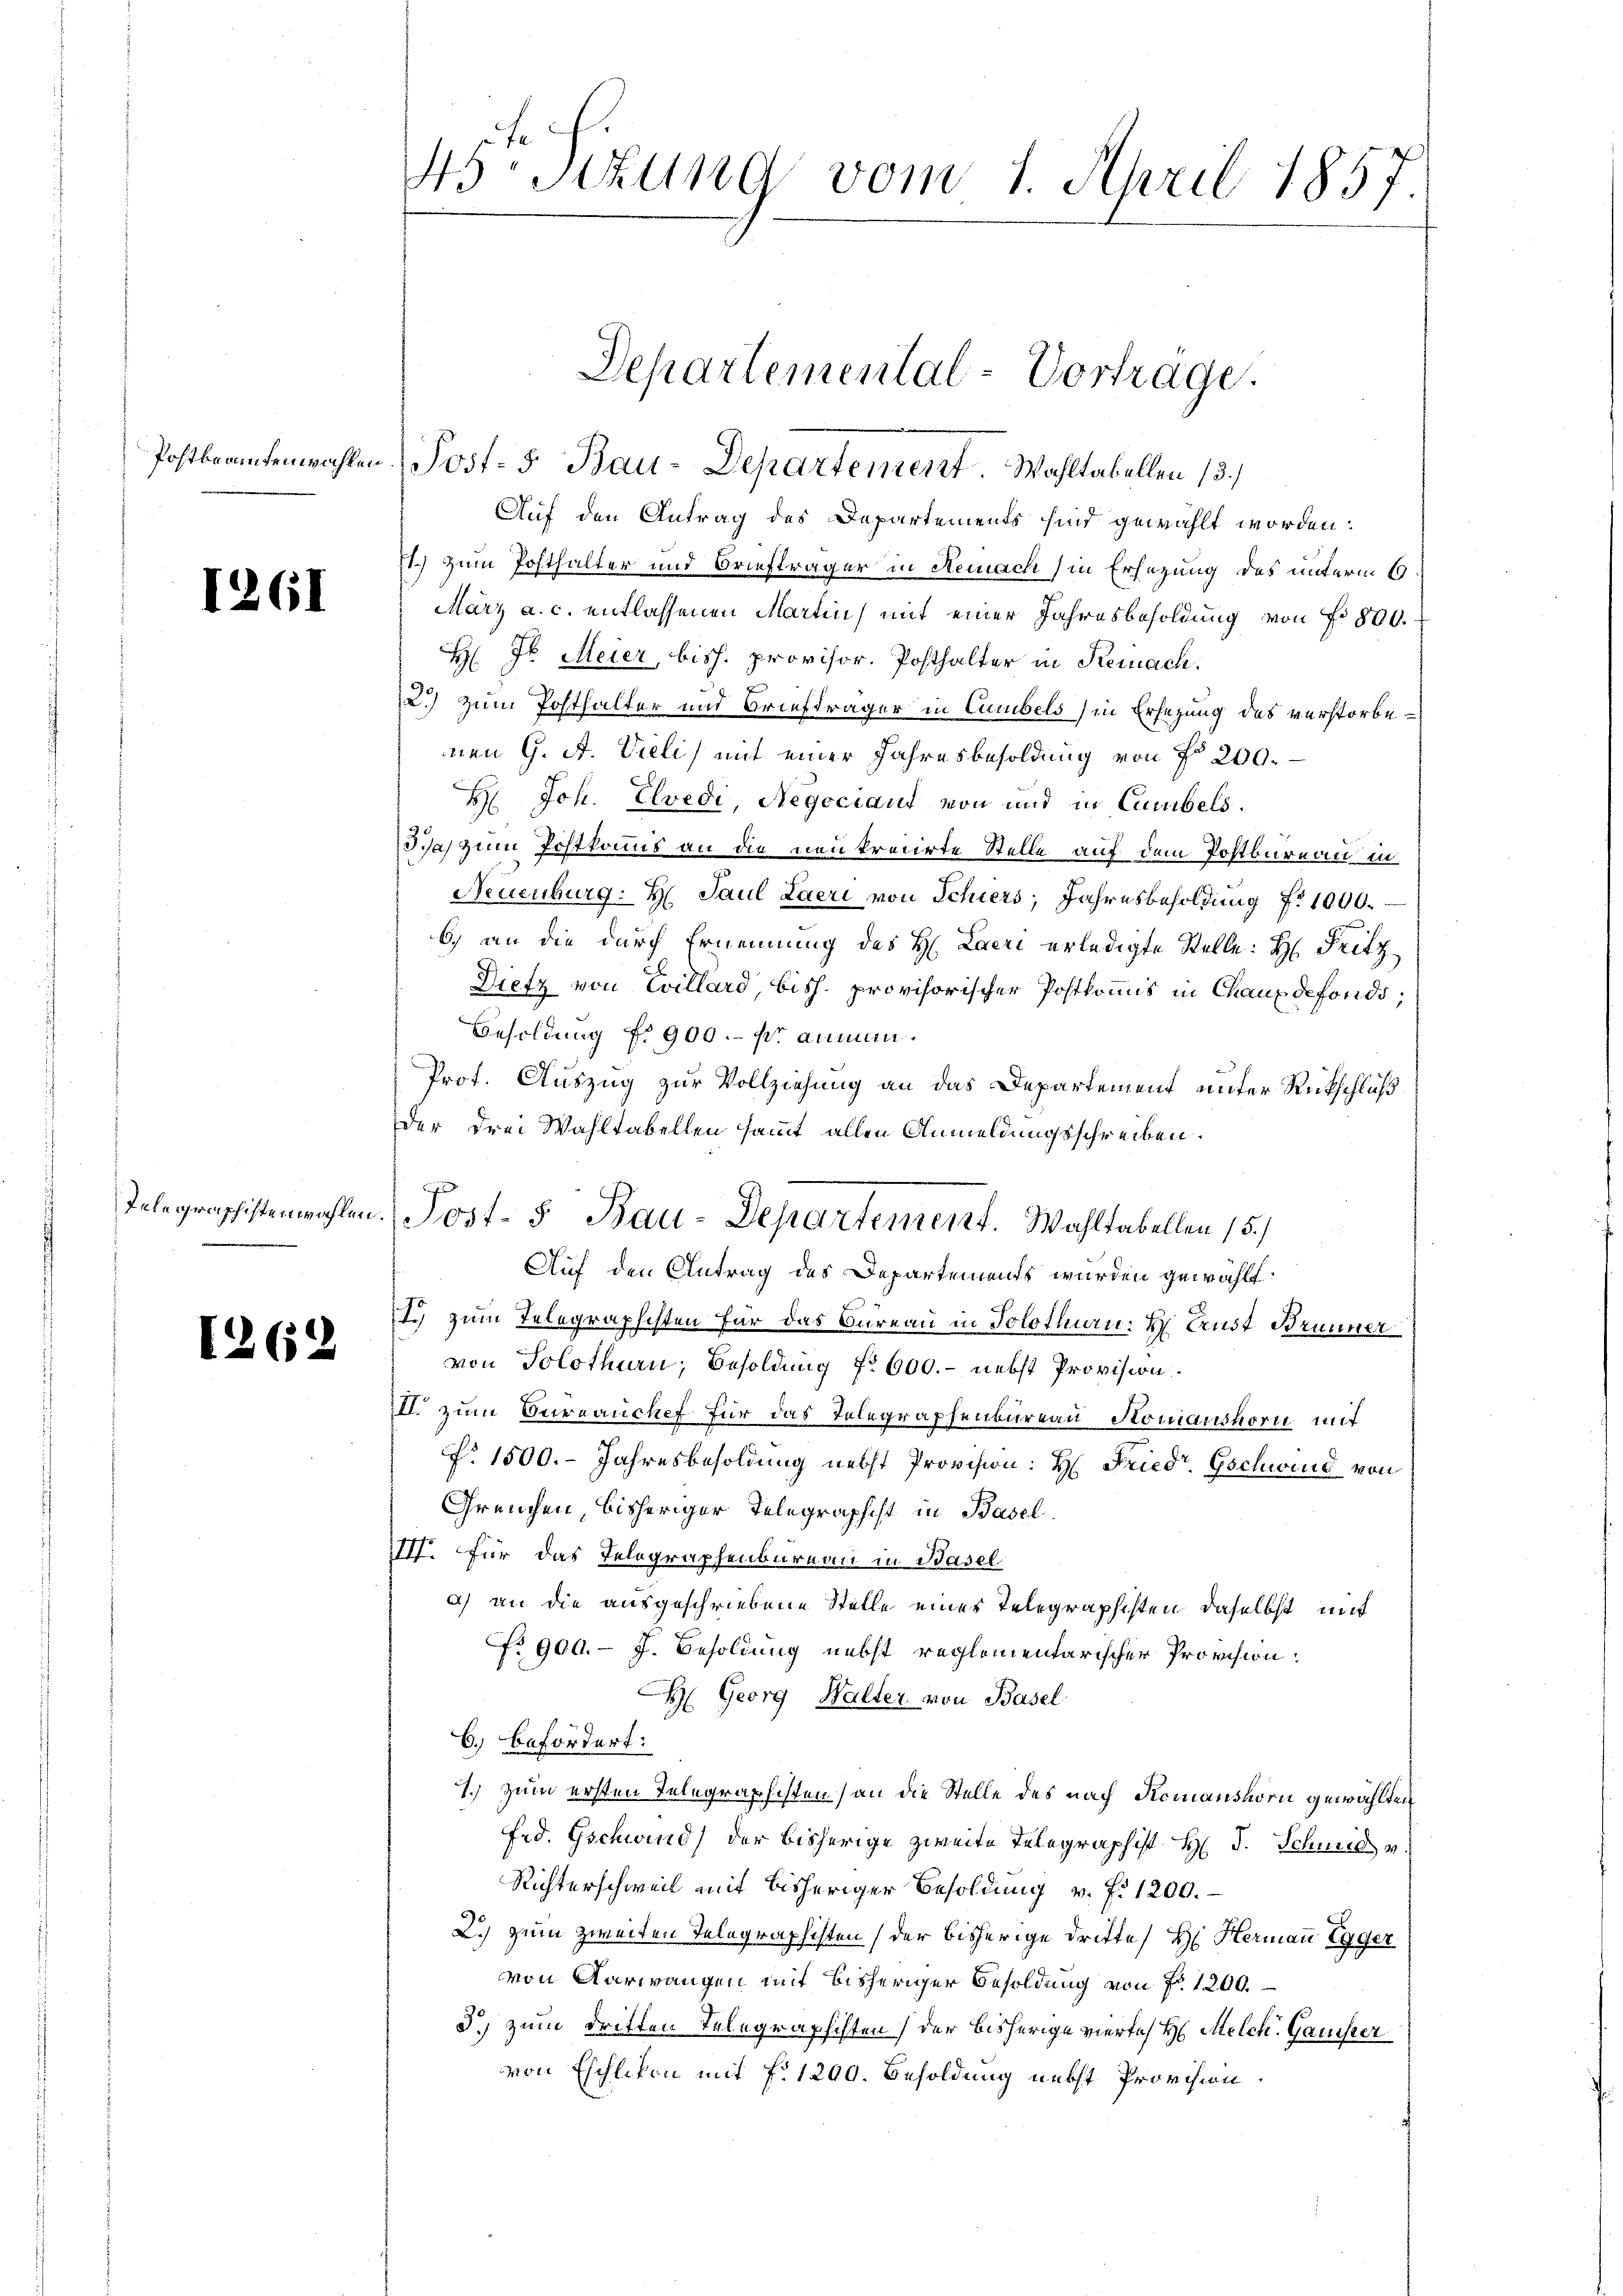
1261

I.

62

Postbratenwahlen Post- 5. Bau-Departement. Wahltabellen (3.)
Auf den Antrag des Departements sind gewählt worden:
71.) Zum Posthalter und Briefträger in Remnach in Ersezung des unterm 6.
März a. c. entlassenen Martin mit einer Jahresbesoldung von Fr. 800.
H: Dr. Meier, bish. provisor. Posthalter in Remnach.
2.) zum Posthalter und Briefträger in Cumbels in Ersezung des verstorbenen G. A. Vieli mit einer Jahresbesoldung von fr 200.
H. Joh. Evedi, Regociaud von und in Cumbels.
dia zum Postkomis an die neukreiirte Stelle auf dem Postbureau in
Neuenburg: H. Paul Laeri von Schiers, Jahresbesoldung Nr. 1000.
b) an die durch Ernennung des H. Laeri erledigte Stelle: H: Fritz
Dietz von Evillard bish. provisorischer Postkomis in Chaux defonds;
Besoldung f. 900.- pro ammen.
Prot. Auszug zur Vollziehung an das Departement unter Rückschluß
der drei Wahltabellen sammt allen Anmeldungsschreiben.
von Solothurn, Besoldung No 600.- nebst Provision.
III. zum Currauchef für das Telegraphenbureau Stonianshorn mit
No. 1500. Jahresbesoldung nebst Provision: H: Friedr Gschwind von
Grenzen bisheriger Telegraphist in Basel
IIII. Für das Telegraphenbureau in Basel
a) an die ausgeschriebene Stelle eines Telegraphisten daselbst mit
No 901.- J. Besoldung nebst reglementarischer Provision.
H Georg Walter von Basel
6.) Befördert:
1.) Zum ersten Telegraphisten (an die Stelle des nach Komanshorn gewählten
Frd. Gschwind) der bisherige zweite Telegraphist H: J. Schmid v
Richterschweil mit bisheriger Besoldung v. fr. 1200.
2.) Zum zweiten Telegraphisten (der bisherige Dritte H. Hermann Egger
von Aarwangen mit bisheriger Besoldung von Fr. 1200.
3.) Zum dritten Telegraphisten der bisherige viertes H: Melch. Gausser
von Eschlikon mit f. 1200. Besoldung nebst Provision

45rsezung vom 1. April 1857

Departemental-Vortrage.

Telegraphistenwahlen. Post- 5. Bau-Departement. Wahltabellen 15./
Auf den Antrag des Departements wurden gewählt:
I.) zum Telegraphisten für das Bureau in Solothurn. H. Ernst Brunner